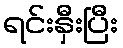
ရင်းနှီးပြီး